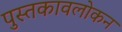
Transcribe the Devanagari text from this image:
पुस्तकावलोकन